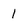
Character: 1